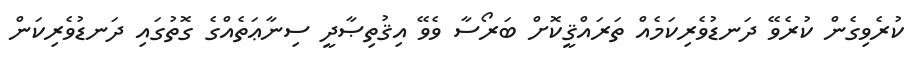
ކުރެވިގެން ކުރެވޭ ދަނޑުވެރިކަމެއް ތަރައްޤީކޮށް ބަރޯސާ ވެވޭ އިޤުތިޞާދީ ސިނާޢަތެއްގެ ގޮތުގައި ދަނޑުވެރިކަން